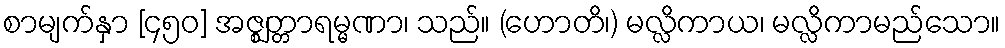
စာမျက်နှာ [၄၅၀] အဇ္ဈတ္တာရမ္မဏာ၊ သည်။ (ဟောတိ၊) မလ္လိကာယ၊ မလ္လိကာမည်သော။